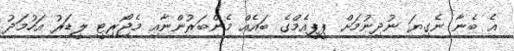
އެ ބެނާ ނެގިޔަ ނުދިނުމަށް ޕީޕީއެމްގެ ބައެއް މެންބަރުންނާއި މެޖޯރިޓީ ލީޑަރު އަހުމަދު